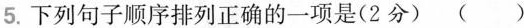
5.下列句子顺序排列正确的一项是(2分) ( )